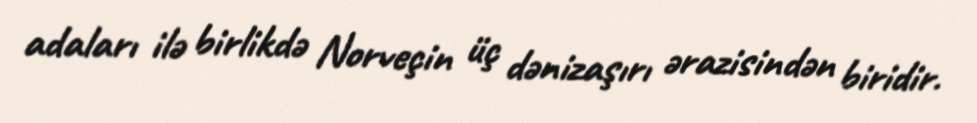
adaları ilə birlikdə Norveçin üç dənizaşırı ərazisindən biridir.